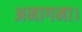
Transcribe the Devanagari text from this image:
अनागमा।